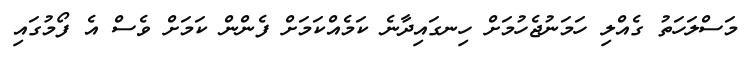
މަސްލަހަތު ގެއްލި ހަމަނުޖެހުމަށް ހިނގައިދާނެ ކަމެއްކަމަށް ފެންން ކަމަށް ވެސް އެ ފޯމުގައި